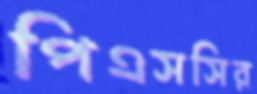
পিএসসির